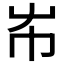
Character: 𡴅